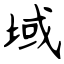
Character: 域